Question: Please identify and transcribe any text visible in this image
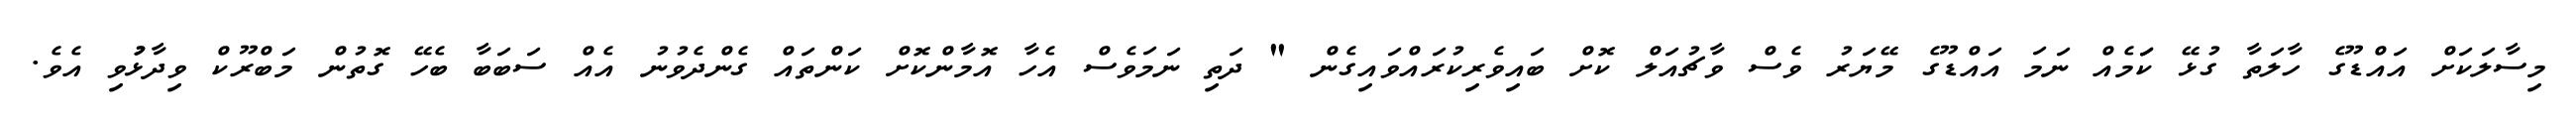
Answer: މިސާލަކަށް އައްޑޫގެ ހާލަތާ ގުޅޭ ކަަމެއް ނަމަ އައްޑޫގެ މޭޔަރު ވެސް ވާޗުއަލް ކޮށް ބައިވެރިކުރައްވައިގެން " ދަތި ނަމަވެސް އެހާ އޮމާންކޮށް ކަންތައް ގެންދެވުނު އެއް ސަބަބާ ބެހޭ ގޮތުން މަބްރޫކް ވިދާޅުުވި އެވެ.